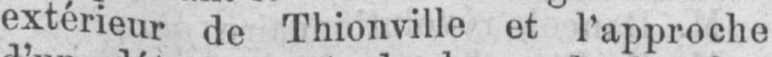
extérieur de Thionville et l’approche